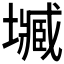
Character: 𡒤